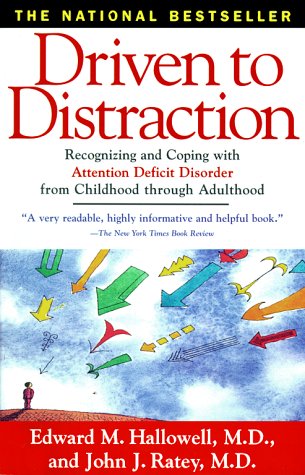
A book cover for Driven To Distraction: Recognizing and Coping with Attention Deficit Disorder from Childhood Through Adulthood; Edward M., M.D. Hallowell; Parenting & Relationships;